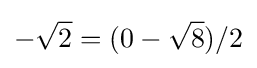
-{\sqrt {2}}=(0-{\sqrt {8}})/2